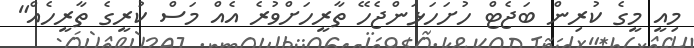
މިއީ މީގެ ކުރިން ބަޖެޓް ހުށަހަޅަންޖެހޭ ތާރީހަށްވުރެ އެއް މަސް ކުރީގެ ތާރީހެއް"